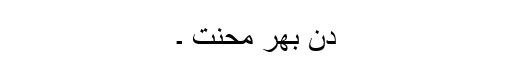
دن بھر محنت ۔